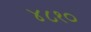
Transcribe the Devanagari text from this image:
४८१०